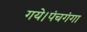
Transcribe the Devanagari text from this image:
गये।पंचगंगा